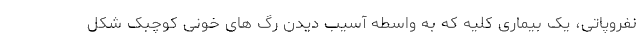
نفروپاتی، یک بیماری کلیه که به واسطه آسیب دیدن رگ های خونی کوچبک شکل